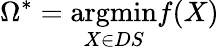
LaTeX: \Omega^{*}=\underset{X\in DS}{\mathrm{argmin}}f(X)